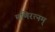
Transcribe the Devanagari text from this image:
मणिरत्‍नम्